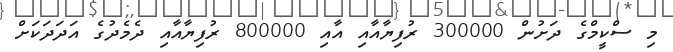
މި ސްކީމްގެ ދަށުން 300000 ރުފިިޔާއާއި އާއި 800000 ރުފިޔާއާއި ދެމެދުގެ އަދަދަކަށް